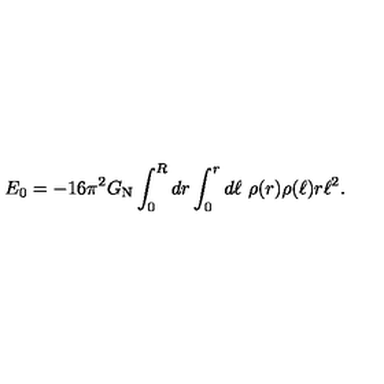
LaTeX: E _ { 0 } = - 1 6 \pi ^ { 2 } G _ { \mathrm { N } } \int _ { 0 } ^ { R } d r \int _ { 0 } ^ { r } d \ell \ \rho ( r ) \rho ( \ell ) r \ell ^ { 2 } .